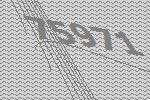
75971